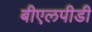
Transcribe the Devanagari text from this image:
बीएलपीडी